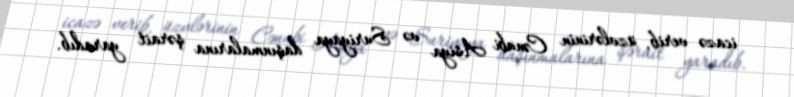
icazə verib, üzvlərinin Cənubi Asiya və Suriyaya daşınmalarına şərait yaradıb.